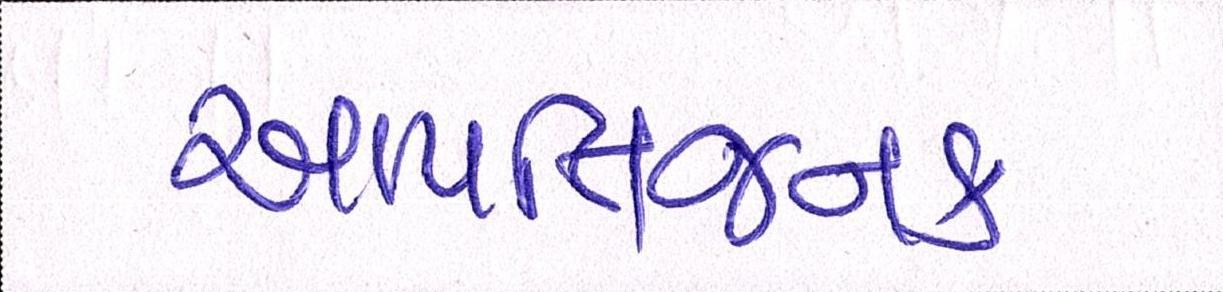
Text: આપત્તિજનક